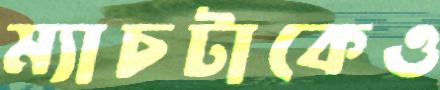
ম্যাচটাকেও